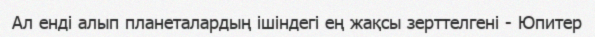
Ал енді алып планеталардың ішіндегі ең жақсы зерттелгені - Юпитер